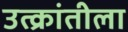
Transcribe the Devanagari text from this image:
उत्क्रांतीला